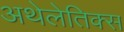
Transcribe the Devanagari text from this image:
अथेलेतिक्स